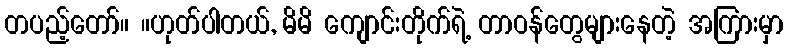
တပည့်တော်။ ။ဟုတ်ပါတယ်, မိမိ ကျောင်းတိုက်ရဲ့ တာဝန်တွေများနေတဲ့ အကြားမှာ